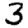
Digit: 3